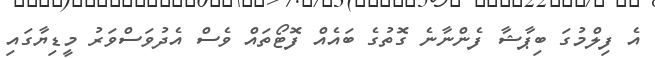
އެ ފިލްމުގަ ބިޕާޝާ ފެންނާނެ ގޮތުގެ ބައެއް ފޮޓޯތައް ވެސް އެދުވަސްވަރު މީޑިޔާގައި